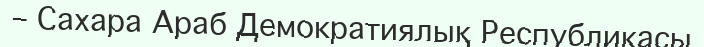
– Сахара Араб Демократиялық Республикасы